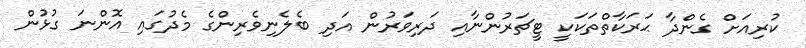
ކުރިއަށް ގެންދާ ޙަރަކާތްތަކަކީ ޓީޗަރުންނާއި ދަރިވަރުން އަދި ބެލެނިވެރިންގެ މެދުގައި އޮންނަ ގުޅުން